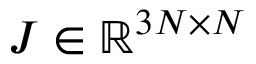
{ \boldsymbol { J } } \in { \mathbb { R } ^ { 3 N \times N } }